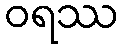
ဝရဿ